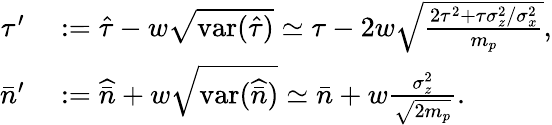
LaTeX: \begin{array}{rl}{\tau^{\prime}}&{{}:=\hat{\tau}-w\sqrt{\mathrm{var}(\hat{\tau})}\simeq\tau-2w\sqrt{\frac{2\tau^{2}+\tau\sigma_{z}^{2}/\sigma_{x}^{2}}{m_{p}}},}\\ {\bar{n}^{\prime}}&{{}:=\widehat{\bar{n}}+w\sqrt{\mathrm{var}(\widehat{\bar{n}})}\simeq\bar{n}+w\frac{\sigma_{z}^{2}}{\sqrt{2m_{p}}}.}\end{array}